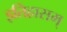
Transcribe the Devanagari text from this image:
इतिहासम्